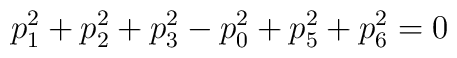
p_1^2 + p_2^2 + p_3^2 - p_0^2 + p_5^2 + p_6^2 = 0